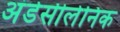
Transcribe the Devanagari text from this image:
अंडेसीलेनिक